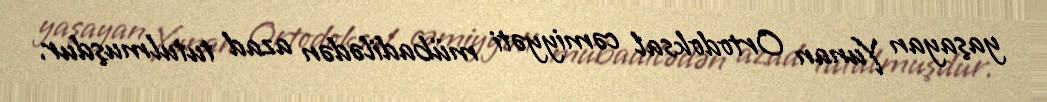
yaşayan Yunan Ortodoksal cəmiyyəti mübadilədən azad tutulmuşdur.